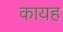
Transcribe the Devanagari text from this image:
कायह